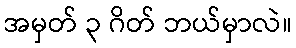
အမှတ် ၃ ဂိတ် ဘယ်မှာလဲ။